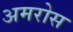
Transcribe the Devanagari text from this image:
अमरोस